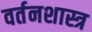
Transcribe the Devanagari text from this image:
वर्तनशास्त्र